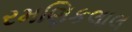
રમણિકલાલ